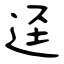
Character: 迳